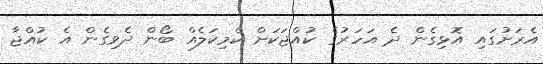
އެރަށުގައި އޮޅިގެން ދެ އަހަރުގެ ކުއްޖަކަށް ކެމިކަލެއް ބޯން ދެވިގެން އެ ކުއްޖާ